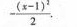
- \frac{(x-1)^{2}}{2}.